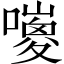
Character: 𡂅